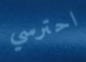
احترسي